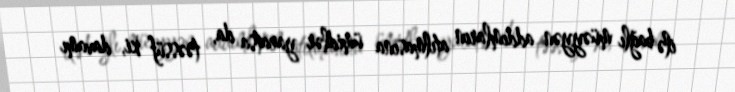
ilə bağlı müəyyən addımların atılmasına ümidlər yaratsa da, təəssüf ki, davamı